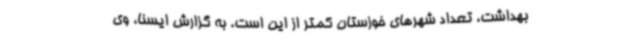
بهداشت، تعداد شهرهای خوزستان کمتر از این است. به گزارش ایسنا، وی